Civil Veterinary Dept. Bombay admin report 1932-41 - 1932-1941
Year: 1932
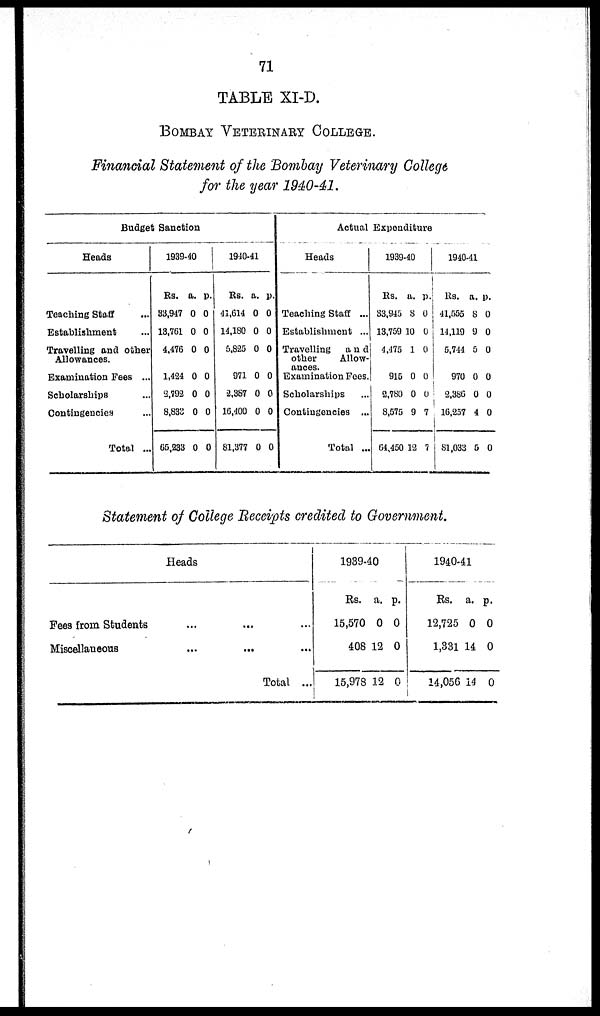
71
TABLE XI-D.
BOMBAY VETERINARY COLLEGE.
Financial Statement of the Bombay Veterinary College
for the year 1940-41.
Budget Sanction
Heads
Teaching Staff ...
Establishment ...
Travelling and other
Allowances.
Examination Fees ...
Scholarships ...
Contingencies ...
Total ...
1939-40
Rs.
83,947
13,761
4,476
1,424
2,792
8,833
65,233
a.
0
0
0
0
0
0
0
p.
0
0
0
0
0
0
0
1940-41
Rs.
41,614
14,180
5,825
971
2,387
16,400
81,377
a.
0
0
0
0
0
0
0
p.
0
0
0
0
0
0
0
Actual Expenditure
Heads
Teaching Staff ...
Establishment ...
Travelling
and
other
Allow-
ances.
Examination Fees.
Scholarships ...
Contingencies ...
Total ...
1939-40
Rs.
33,945
13,759
4,475
915
2,780
8,575
64,450
a.
8
10
1
0
0
9
12
p.
0
0
0
0
0
7
7
1940-41
Rs.
41,555
14,119
5,744
970
2,386
16,257
81,033
a.
8
9
5
0
0
4
5
p.
0
0
0
0
0
0
0
Statement of College Receipts credited to Government.
Heads
Fees from Students...
...
...
Miscellaneous...
...
...
Total ...
1939-40
Rs.
15,570
408
15,978
a.
0
12
12
p.
0
0
0
1940-41
Rs.
12,725
1,331
14,056
a.
0
14
14
p.
0
0
0